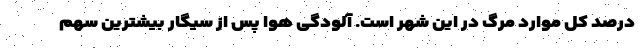
درصد کل موارد مرگ در این شهر است. آلودگی هوا پس از سیگار بیشترین سهم